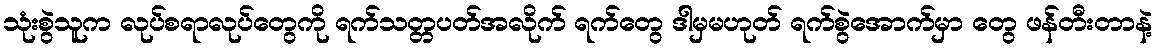
သုံးစွဲသူက လုပ်စရာလုပ်တွေကို ရက်သတ္တပတ်အလိုက် ရက်တွေ ဒါမှမဟုတ် ရက်စွဲအောက်မှာ တွေ ဖန်တီးတာနဲ့